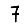
Digit: 7